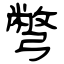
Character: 彆